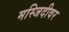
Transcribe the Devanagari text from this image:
मस्जिदीवर